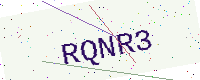
Text: RQNR3